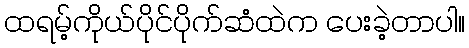
ထရမ့်ကိုယ်ပိုင်ပိုက်ဆံထဲက ပေးခဲ့တာပါ။